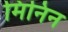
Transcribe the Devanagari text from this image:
मिनिन